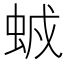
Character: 𧊥